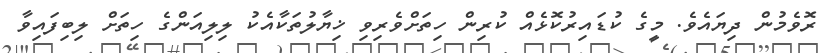
ރޮވެމުން ދިޔައެވެ. މީގެ ކުޑައިރުކޮޅެއް ކުރިން ހިތަށްވެރިވި ޚިޔާލުތަކާއެކު ލިލިއަންގެ ހިތަށް ލިބިފައިވާ